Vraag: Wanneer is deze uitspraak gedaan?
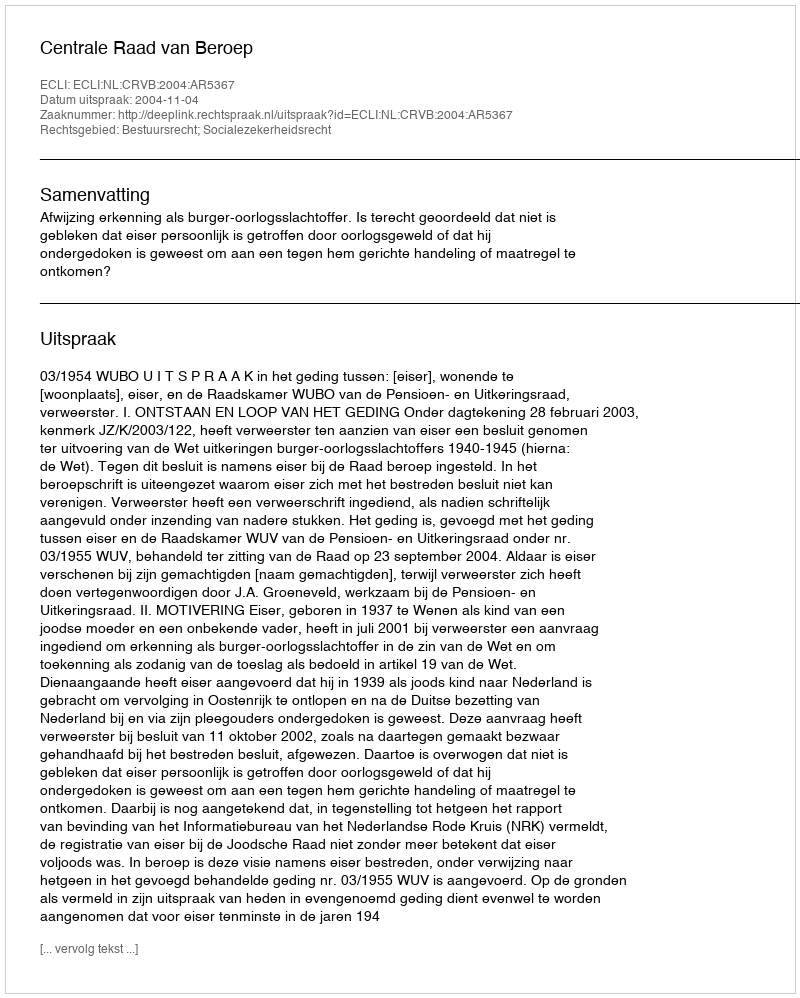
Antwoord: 2004-11-04